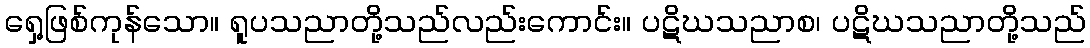
ရှေ့ဖြစ်ကုန်သော။ ရူပသညာတို့သည်လည်းကောင်း။ ပဋိဃသညာစ၊ ပဋိဃသညာတို့သည်